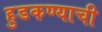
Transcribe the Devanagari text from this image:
हुडकण्याची